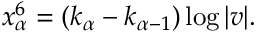
x _ { \alpha } ^ { 6 } = ( k _ { \alpha } - k _ { \alpha - 1 } ) \log | v | .